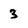
Character: 3